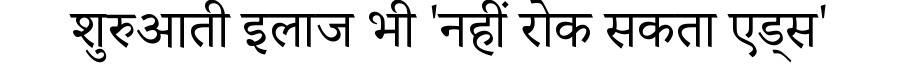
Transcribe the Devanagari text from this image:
शुरुआती इलाज भी 'नहीं रोक सकता एड्स'